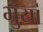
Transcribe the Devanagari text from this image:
भुयां